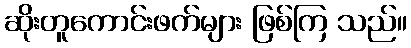
ဆိုးတူကောင်းဖက်များ ဖြစ်ကြ သည်။